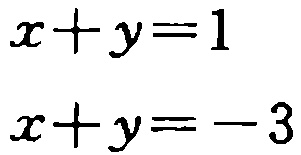
\(x + y = 1\)
\(x + y = -3\)